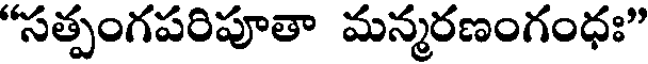
"సత్పంగపరిపూతా మన్మరణంగంధః"